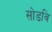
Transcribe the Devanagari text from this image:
सोडवि